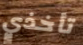
تأخذي